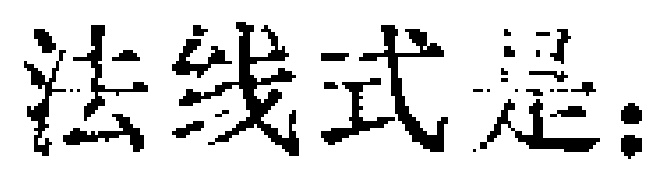
法线式是：